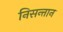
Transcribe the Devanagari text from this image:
निसन्तान